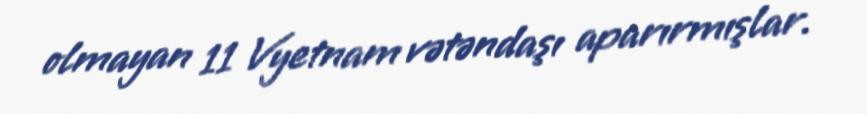
olmayan 11 Vyetnam vətəndaşı aparırmışlar.